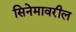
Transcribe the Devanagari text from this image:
सिनेमावरील